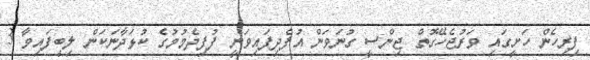
ފިރިހެން ހަށީގައި ވަރުޖެހޭގޮތް ޖިންސީ ގުނަވަން އުފެދިފައިވަނީ ފުފިދެމުމުގެ ކުޅަދާނަކަން ލިބިފައިވާ 3